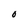
Character: O